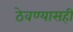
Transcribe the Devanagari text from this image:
ठेवण्यासही